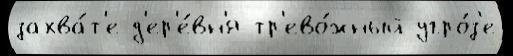
захва́т'е д'ер'е́вн'я тр'ево́жный угро́з'е